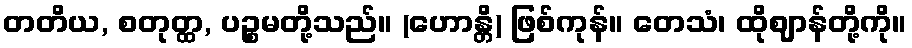
တတိယ, စတုတ္ထ, ပဉ္စမတို့သည်။ (ဟောန္တိ) ဖြစ်ကုန်။ တေသံ၊ ထိုဈာန်တို့ကို။